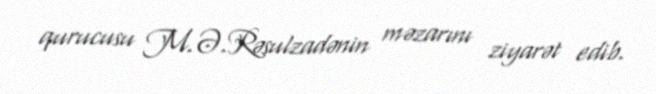
qurucusu M.Ə.Rəsulzadənin məzarını ziyarət edib.